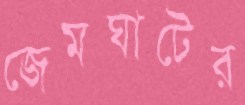
জেমঘাটের